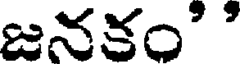
జనకం' '